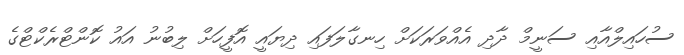
ސުހައިލްއާއި ސަނީމް ދާދި އެއްވަރަކަށް ހިނގާލަފައި ދިޔައީ އޮފީހަށް ލިބުނު އައު ކޮންޓްރެކްޓްގެ